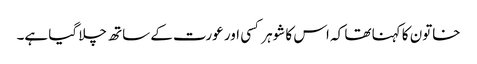
خاتون کا کہنا تھا کہ اس کا شوہر کسی اور عورت کے ساتھ چلا گیا ہے۔